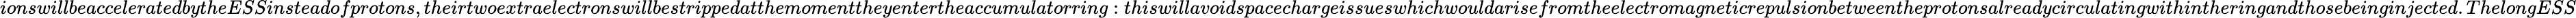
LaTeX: ionswillbeacceleratedbytheESSinsteadofprotons,theirtwoextraelectronswillbestrippedatthemomenttheyentertheaccumulatorring:thiswillavoidspacechargeissueswhichwouldarisefromtheelectromagneticrepulsionbetweentheprotonsalreadycirculatingwithintheringandthosebeinginjected.ThelongESS